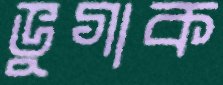
ভুগাক